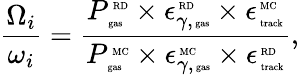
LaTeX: \frac{{\Omega}_{i}}{\omega_{i}}=\frac{P_{\mathrm{\tiny~gas}}^{\mathrm{\tiny~RD}}\times\epsilon_{\gamma,\mathrm{\tiny~gas}}^{\mathrm{\tiny~RD}}\times\epsilon_{\mathrm{\tiny~track}}^{\mathrm{\tiny~MC}}}{P_{\mathrm{\tiny~gas}}^{\mathrm{\tiny~MC}}\times\epsilon_{\gamma,\mathrm{\tiny~gas}}^{\mathrm{\tiny~MC}}\times\epsilon_{\mathrm{\tiny~track}}^{\mathrm{\tiny~RD}}},